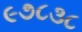
૯૭૮૩૮